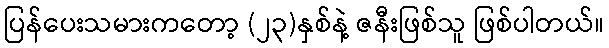
ပြန်ပေးသမားကတော့ (၂၃)နှစ်နဲ့ ဇနီးဖြစ်သူ ဖြစ်ပါတယ်။